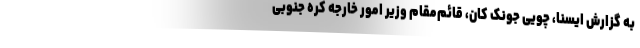
به گزارش ایسنا، چویی جونک کان، قائم‌مقام وزیر امور خارجه کره جنوبی